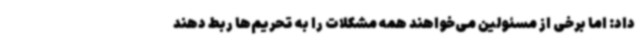
داد: اما برخی از مسئولین می‌خواهند همه مشکلات را به تحریم‌ها ربط دهند